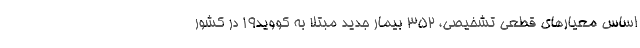
اساس معیارهای قطعی تشخیصی، ۳۵۲ بیمار جدید مبتلا به کووید۱۹ در کشور